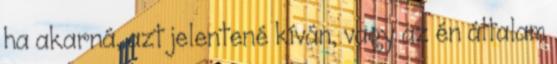
ha akarná, azt jelentené kíván, vagy az én általam